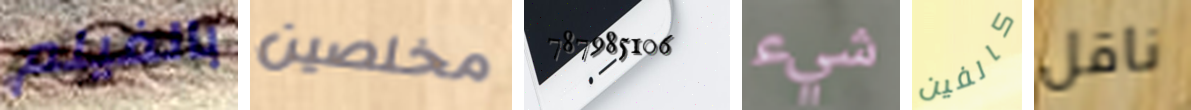
بالفيلم مخلصين 787985106 شيء كالفين ناقل